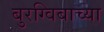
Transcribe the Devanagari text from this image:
बुरग्विबाच्या